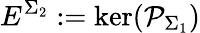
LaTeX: E^{\Sigma_{2}}:=\mathrm{ker}(\mathcal{P}_{\Sigma_{1}})